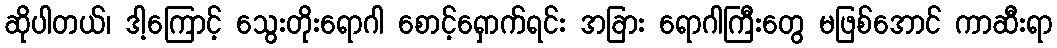
ဆိုပါတယ်၊ ဒါ့ကြောင့် သွေးတိုးရောဂါ စောင့်ရှောက်ရင်း အခြား ရောဂါကြီးတွေ မဖြစ်အောင် ကာဆီးရာ